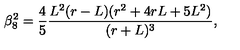
\beta _ { 8 } ^ { 2 } = \frac { 4 } { 5 } \frac { L ^ { 2 } ( r - L ) ( r ^ { 2 } + 4 r L + 5 L ^ { 2 } ) } { ( r + L ) ^ { 3 } } ,